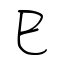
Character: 巳